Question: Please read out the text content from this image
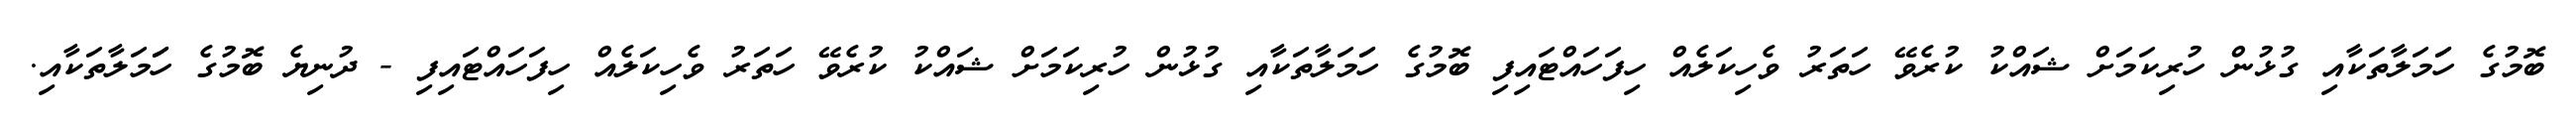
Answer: ބޮމުގެ ހަަމަލާތަކާއި ގުޅުން ހުރިކަމަށް ޝައްކު ކުރެވޭ ހަތަރު ވެހިކަލެއް ހިފަހައްޓައިފި ބޮމުގެ ހަަމަލާތަކާއި ގުޅުން ހުރިކަމަށް ޝައްކު ކުރެވޭ ހަތަރު ވެހިކަލެއް ހިފަހައްޓައިފި - ދުނިޔެ ބޮމުގެ ހަަމަލާތަކާއި.